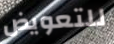
للتعويض